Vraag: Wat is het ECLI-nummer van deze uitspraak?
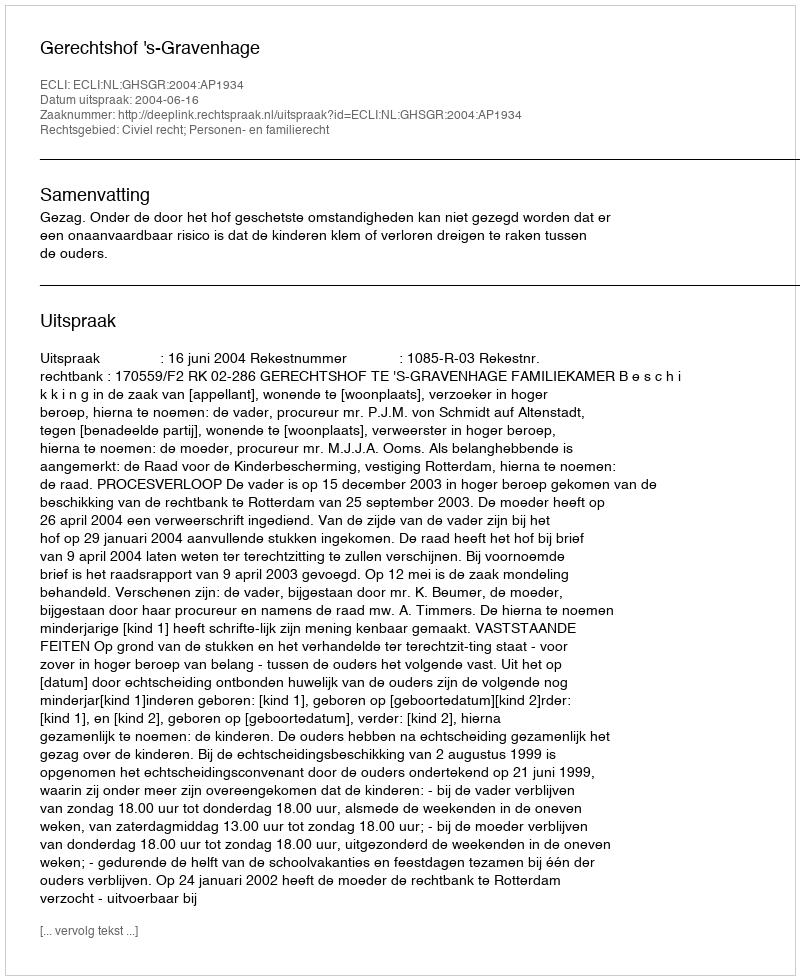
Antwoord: ECLI:NL:GHSGR:2004:AP1934